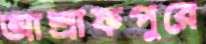
আশ্রাফপুরে